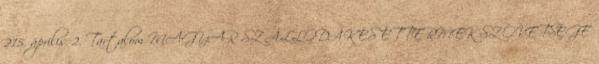
215. április 2. Tartalom MAGYAR SZÁLLODÁK ÉS ÉTTERMEK SZÖVETSÉGE